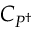
C _ { P ^ { \dagger } }